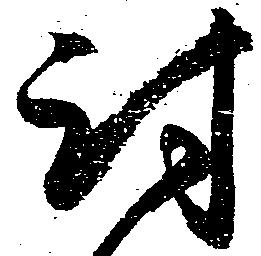
討